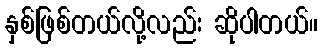
နှစ်ဖြစ်တယ်လို့လည်း ဆိုပါတယ်။